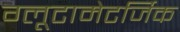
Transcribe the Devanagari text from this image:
ग्लूटामेटर्जिक